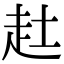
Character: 𧺔